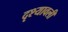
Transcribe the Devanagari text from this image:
दृश्‍यावली